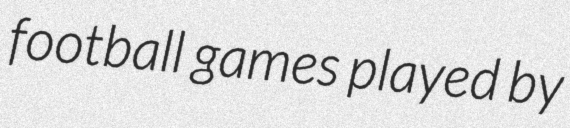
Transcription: football games played by